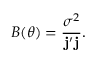
B ( \theta ) = \frac { \sigma ^ { 2 } } { \mathbf { j } ^ { \prime } \mathbf { j } } .